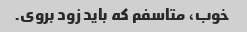
خوب، متاسفم که باید زود بروی.